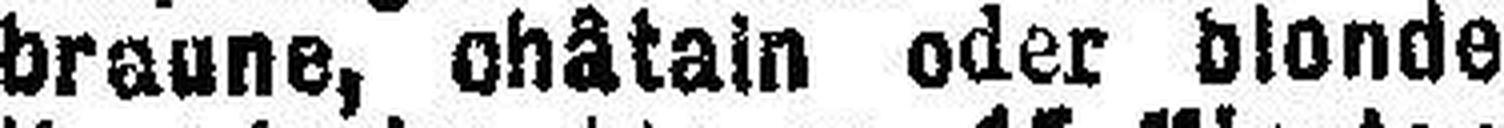
braune, châtain oder blonde